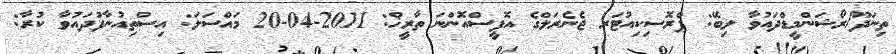
ތިނަދޫ/ރޯޝަންމީޑްދައުވާ ލިބޭ: ޕްރޮސިކިއުޓަރ ޖެނެރަލްގެ އޮފީސްއޮންނަ ތާރީޚް: 2011-04-20 މައްސަލަ: އިސްތިއުނާފުދައުވާ ކުރާ: